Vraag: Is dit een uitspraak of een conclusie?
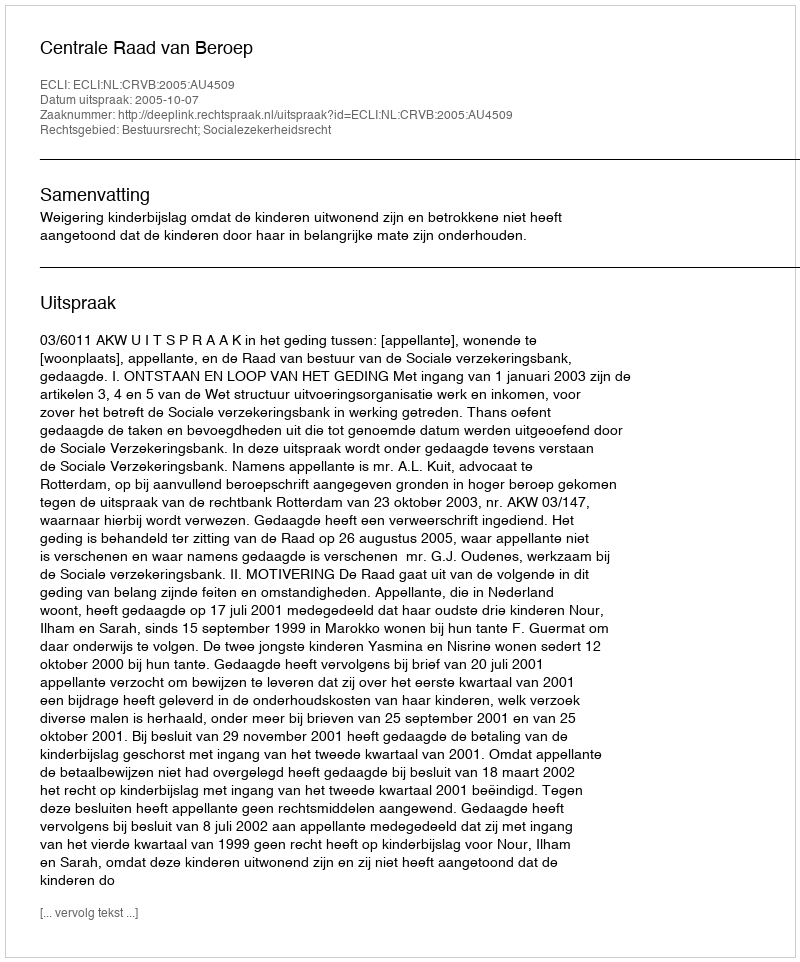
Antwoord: Uitspraak